King Institute of Preventive Medicine Micro-Biological Section reports 1909-11
Year: 1909
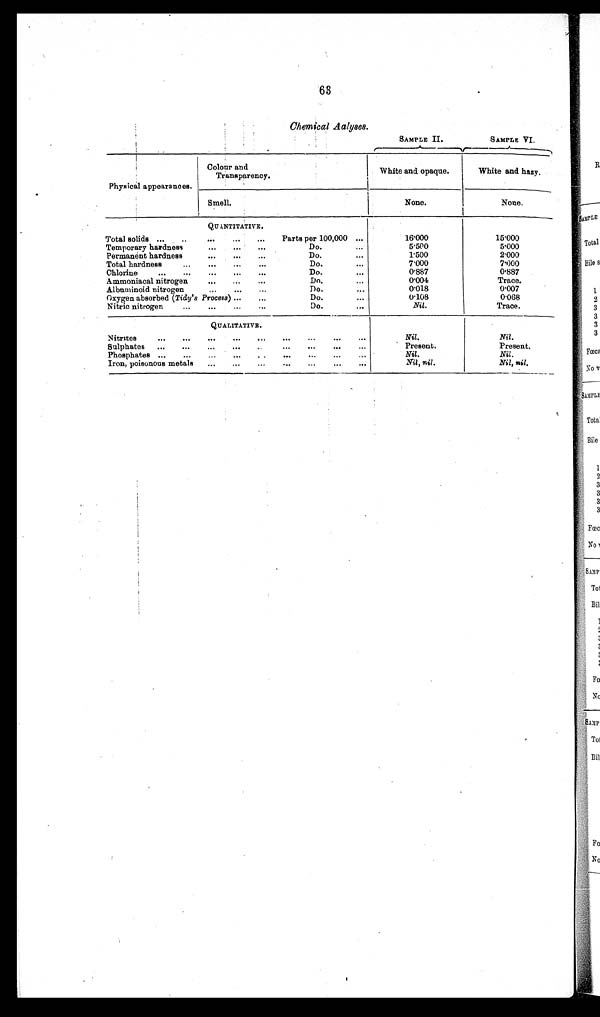
63
Chemical Analyses.
SAMPLE II .
SAMPLE VI.
Physical appearances.
Colour and
Transparency.
White and opaque.
White and hazy.
Smell.
None.
None.
QUANTITATIVE.
Total solids ...
..
...
...
...
Parts per 100,000 ...
16.000
15.000
Temporary hardness
...
...
...
Do.
...
5.500
5.000
Permanent hardness
...
...
...
Do.
...
1.500
2.000
Total hardness
...
...
...
Do.
...
7.000
7.000
Chlorine
...
...
...
...
...
Do.
...
0.887
0.887
Ammoniacal nitrogen
...
...
...
Do. ...
0 . 0 0 4
Trace.
Albuminoid nitrogen
...
...
Do.
...
0.018
0.007
Oxygen absorbed ( Tidy's Process) ......
Do.
...
0.108
0.068
Nitric nitrogen
...
...
...
...
Do.
. . .
Nil.
Trace.
QUALITATIVE.
Nitrites ... ...
...
...
...
..
... ...
Nil.
Nil .
Sulphates ...
...
...
...
..
..
...
...
Present.
Present.
Phosphates ...
...
...
... ..
...
...
Nil.
Nil .
Iron, poisonous metals
...
...
...
...
...
Nil, nil.
Nil, nil.